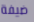
ضيفة